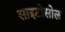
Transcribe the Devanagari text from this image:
साइटोसोल